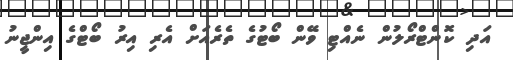
އަދި ކޮންޓްރޯލުން ނެއްޓި ވޭން ބޯޓުގެ ތެރެއަށް އެރި އިރު ބޯޓްގެ އިންޖީނު